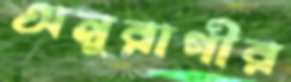
অনুরাগীর